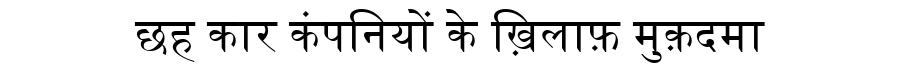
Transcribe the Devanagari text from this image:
छह कार कंपनियों के ख़िलाफ़ मुक़दमा